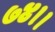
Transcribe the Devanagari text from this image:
७४।।